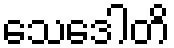
သေဒေါတိ